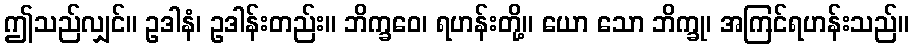
ဤသည်လျှင်။ ဥဒါနံ၊ ဥဒါန်းတည်း။ ဘိက္ခဝေ၊ ရဟန်းတို့။ ယော သော ဘိက္ခု၊ အကြင်ရဟန်းသည်။